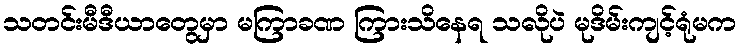
သတင်းမီဒီယာတွေမှာ မကြာခဏ ကြားသိနေရ သလိုပဲ မုဒိမ်းကျင့်ရုံမက